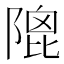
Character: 𨻀